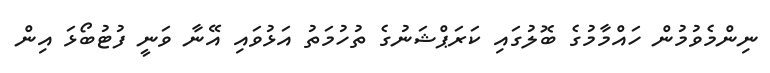
ނިންމެވުމުން ހައްމާމުގެ ބޮލުގައި ކަރަޕްޝަނުގެ ތުހުމަތު އަޅުވައި އޭނާ ވަނީ ފުޓުބޯޅަ އިން